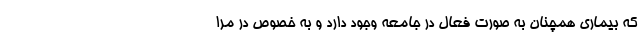
که بیماری همچنان به صورت فعال در جامعه وجود دارد و به خصوص در مرا